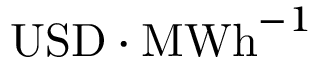
\mathrm { U S D } \cdot \mathrm { M W h } ^ { - 1 }